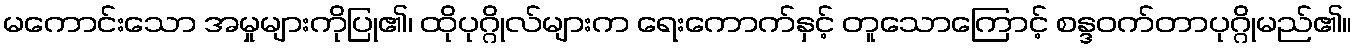
မကောင်းသော အမှုများကိုပြု၏၊ ထိုပုဂ္ဂိုလ်များက ရေးကောက်နှင့် တူသောကြောင့် စန္ဒဝက်တာပုဂ္ဂိုမည်၏။